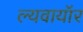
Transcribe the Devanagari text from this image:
ल्यवायॉर